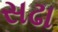
સઢા